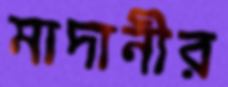
মাদানীর